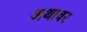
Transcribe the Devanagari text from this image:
अथावर